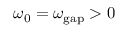
\omega _ { 0 } = \omega _ { \mathrm { g a p } } > 0